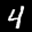
Label: 4